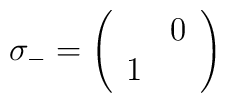
\sigma _{-}=\left( \begin{array}{cc} & 0\\1 & \end{array}\right)